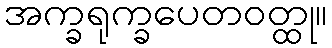
အက္ခရုက္ခပေတဝတ္ထု။